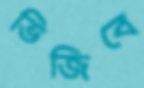
ভিজিবে